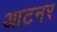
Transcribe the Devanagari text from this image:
आटनर